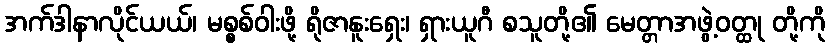
အက်ဒါနာလိုင်ယယ်၊ မစ္စစ်ဝါးဖို့ ရိုဇာနူးရှေး၊ ရှားယူဂီ စသူတို့၏ မေတ္တာအဖွဲ့ဝတ္ထု တို့ကို